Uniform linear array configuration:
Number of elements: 8
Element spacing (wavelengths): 1
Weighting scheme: blackman
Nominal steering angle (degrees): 60
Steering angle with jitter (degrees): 61.152
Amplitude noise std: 0.05
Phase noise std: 0.05

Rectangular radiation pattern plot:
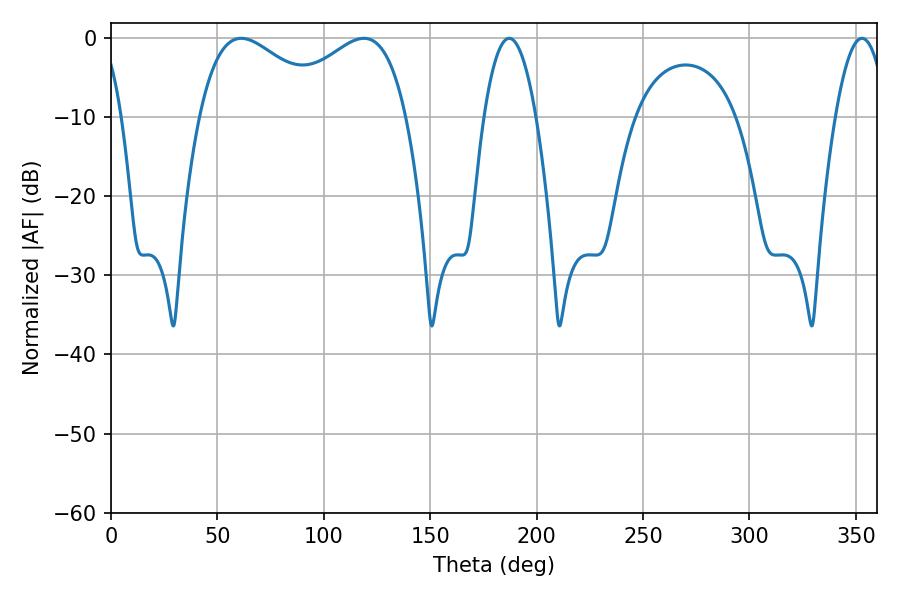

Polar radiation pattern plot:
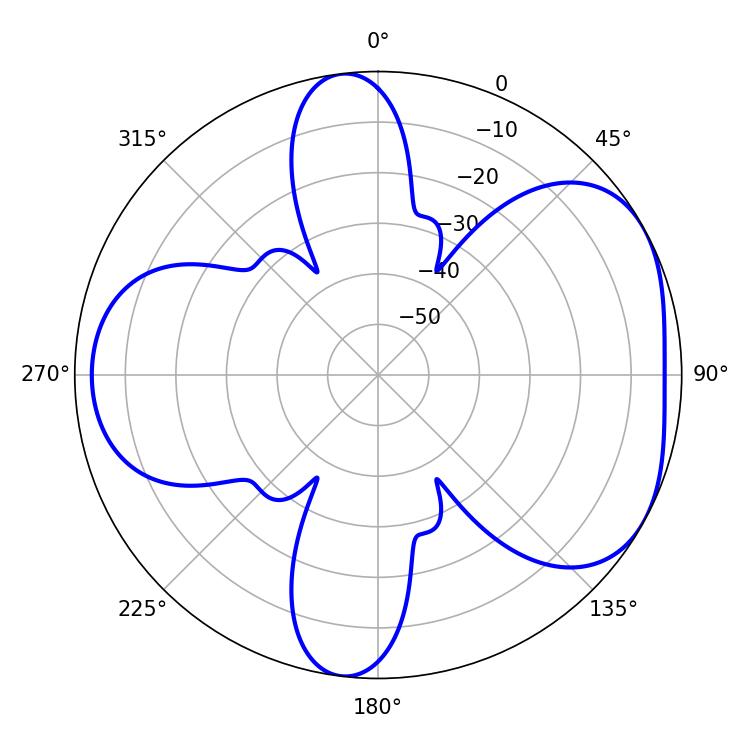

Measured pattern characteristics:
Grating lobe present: TRUE
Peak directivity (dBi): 4.775
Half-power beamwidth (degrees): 34.02
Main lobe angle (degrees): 61.2